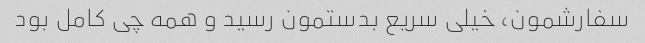
سفارشمون، خیلی سریع بدستمون رسید و همه چی کامل بود